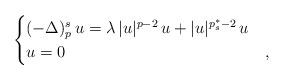
LaTeX: \begin{align*} \begin{cases}(- \Delta)_p^s\, u = \lambda\, |u|^{p-2}\, u + |u|^{p_s^\ast - 2}\, u & \\u = 0 & ,\end{cases}\end{align*}